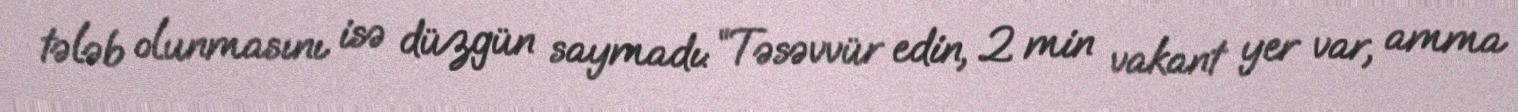
tələb olunmasını isə düzgün saymadı: “Təsəvvür edin, 2 min vakant yer var, amma